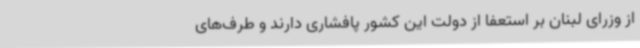
از وزرای لبنان بر استعفا از دولت این کشور پافشاری دارند و طرف‌های